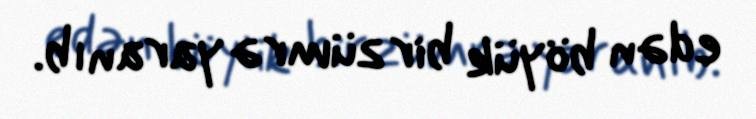
edən böyük bir zümrə yaranıb.